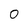
Character: o